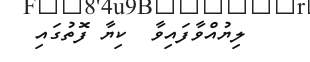
ލިޔުއްވާފައިވާ  ކިޔާ ފޮތުގައި